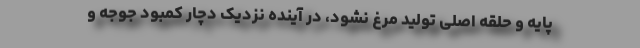
پایه و حلقه اصلی تولید مرغ نشود، در آینده نزدیک دچار کمبود جوجه و